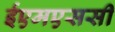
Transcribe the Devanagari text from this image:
ईएमएससी